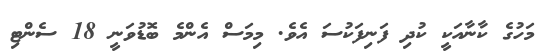
މަހުގެ ކާނާއަކީ ކުދި ފަނިފަކުސަ އެވެ. މިމަސް އެންމެ ބޮޑުވަނީ 18 ސެންޓި